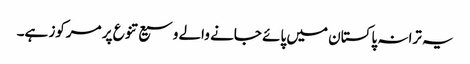
یہ ترانہ پاکستان میں پائے جانے والے وسیع تنوع پر مرکوز ہے۔